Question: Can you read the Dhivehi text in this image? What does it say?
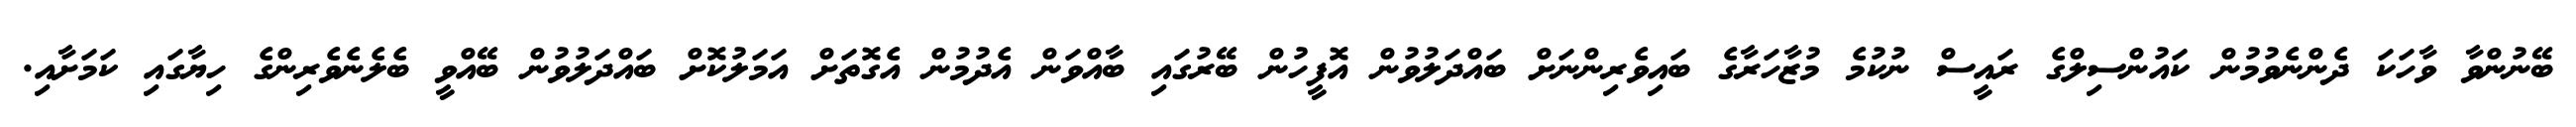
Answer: ބޭނުންވާ ވާހަކަ ދެންނެވުމުން ކައުންސިލްގެ ރައީސް ނުކުމެ މުޒާހަރާގެ ބައިވެރިންނަށް ބައްދަލުވުން އޮފީހުން ބޭރުގައި ބާއްވަން އެދުމުން އެގޮތަށް އަމަލުކޮށް ބައްދަލުވުން ބޭއްވީ ބެލެނެވެރިންގެ ހިޔާގައި ކަމަށާއި.